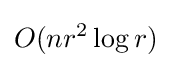
O(nr^{2}\log {r})